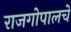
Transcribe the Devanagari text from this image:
राजगोपालचे